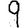
Digit: 9